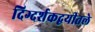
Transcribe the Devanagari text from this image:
दिग्दर्शकद्वयीतले